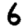
Digit: 6